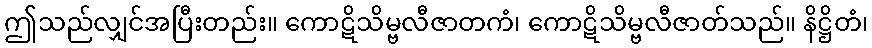
ဤသည်လျှင်အပြီးတည်း။ ကောဋိသိမ္ဗလီဇာတကံ၊ ကောဋိသိမ္ဗလီဇာတ်သည်။ နိဋ္ဌိတံ၊